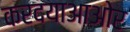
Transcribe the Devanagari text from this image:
करदयाआओर